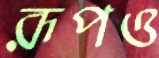
রূপও